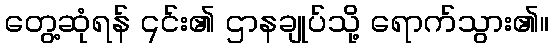
တွေ့ဆုံရန် ၎င်း၏ ဌာနချုပ်သို့ ရောက်သွား၏။